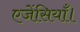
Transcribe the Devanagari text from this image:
एजेंसियाँ।